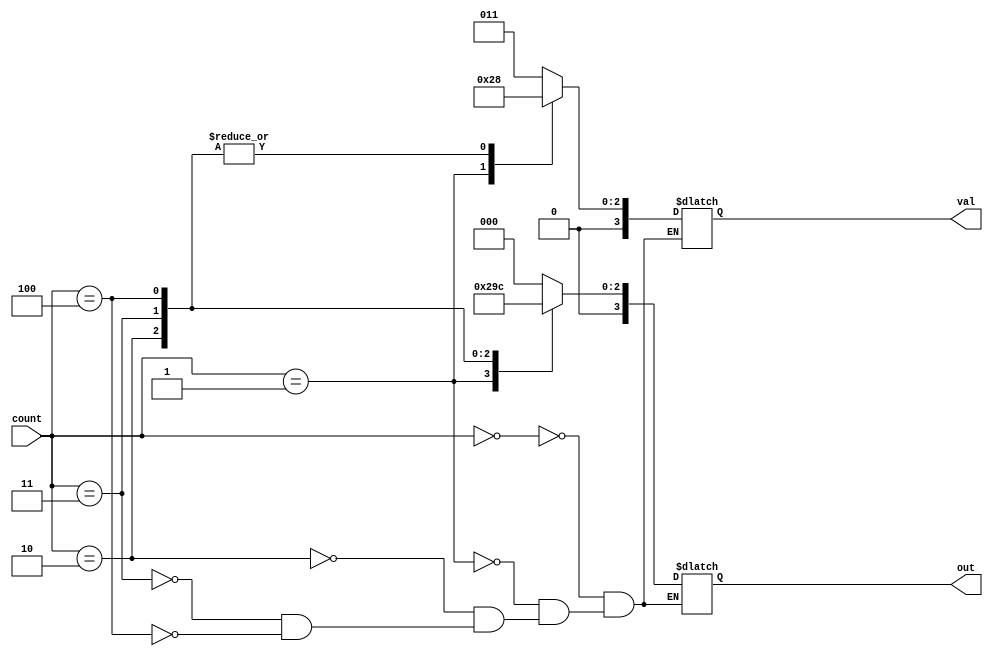
module Memory(count, val, out);

input wire[3:0] count;
output reg [3:0] out;
output reg [3:0] val;

parameter X = 3;
parameter Y = 5;

always begin
	case(count)
		4'b0000: // load X, clear Y, clear Z, sum ULA
			begin
				out <= 4'b0000;
				val <= X;
			end
		4'b0001: // load X, load Y, hold Z, sum Ula
			begin
				out <= 4'b0001;
				val <= Y;
			end
		4'b0010: // hold X, load Y, hold Z, dont care ULA
			begin
				out <= 4'b0010;
				val <= 0;
			end
		4'b0011: // hold X, shift right Y, hold Z, dont care ULA
			begin
				out <= 4'b0011;
				val <= 0;
			end
		4'b0100: // clear X, clear Y, load Z, dont care ULA
			begin
				out <= 4'b0100;
				val <= 0;
			end
	endcase
end

endmodule